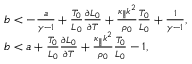
\begin{array} { r l } & { b < - \frac { a } { \gamma - 1 } + \frac { T _ { 0 } } { { \cal L } _ { 0 } } \frac { \partial { { \cal L } _ { 0 } } } { \partial T } + \frac { \kappa _ { \parallel } k ^ { 2 } } { \rho _ { 0 } } \frac { T _ { 0 } } { { \cal L } _ { 0 } } + \frac { 1 } { \gamma - 1 } , } \\ & { b < a + \frac { T _ { 0 } } { { \cal L } _ { 0 } } \frac { \partial { { \cal L } _ { 0 } } } { \partial T } + \frac { \kappa _ { \parallel } k ^ { 2 } } { \rho _ { 0 } } \frac { T _ { 0 } } { { \cal L } _ { 0 } } - 1 , } \end{array}